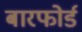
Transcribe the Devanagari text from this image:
बारफोर्ड